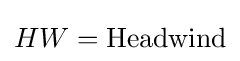
HW={\text{Headwind}}